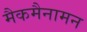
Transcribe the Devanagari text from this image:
मैकमैनामन